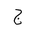
Letter: _gim